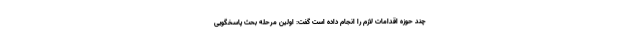
چند حوزه اقدامات لازم را انجام داده است گفت: اولین مرحله بحث پاسخگویی